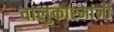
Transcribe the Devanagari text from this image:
वालुकाश्मांनी